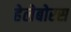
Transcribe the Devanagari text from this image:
हेलेबोरस